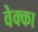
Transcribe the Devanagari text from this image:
वेक्का